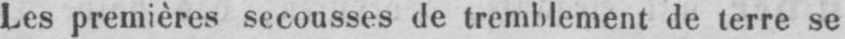
Les premières secousses de tremblement de terre se